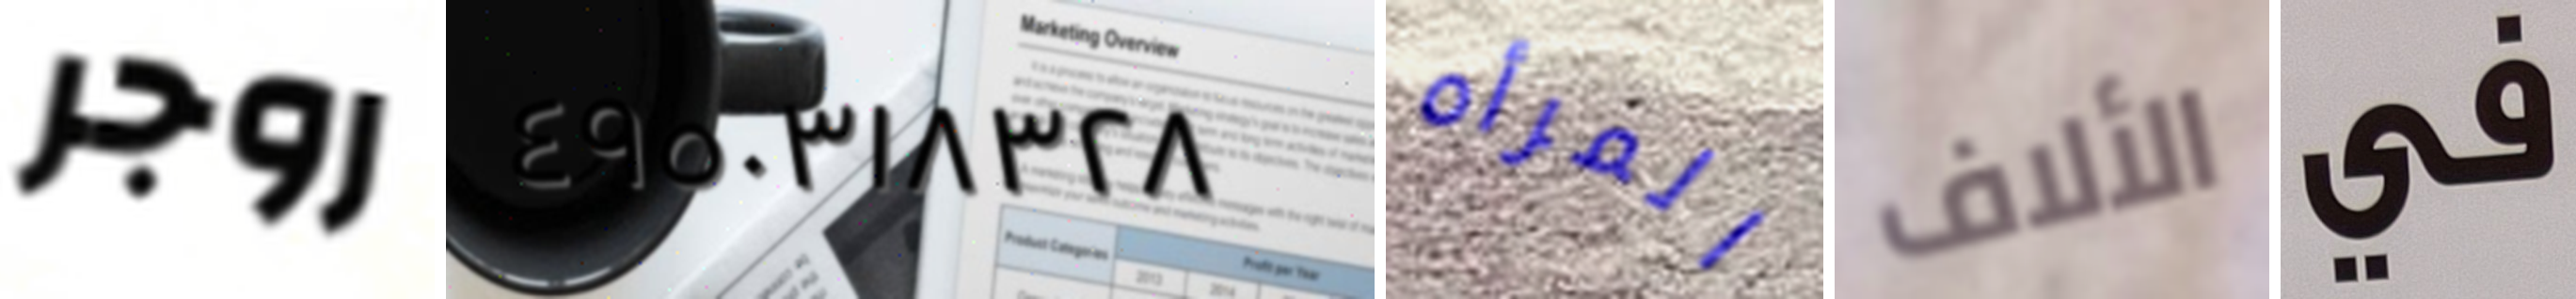
روجر ٤٩٥٠٣١٨٣٢٨ المرأه الألاف في